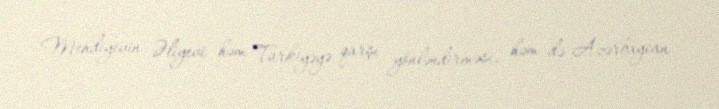
Mehdiyevin Əliyevi həm Türkiyəyə qarşı yönləndirməsi, həm də Azərbaycan